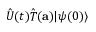
{ \hat { U } } ( t ) { \hat { T } } ( \mathbf { a } ) | \psi ( 0 ) \rangle